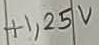
Text: +1,25V